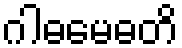
ဂါဓမေဓတိ